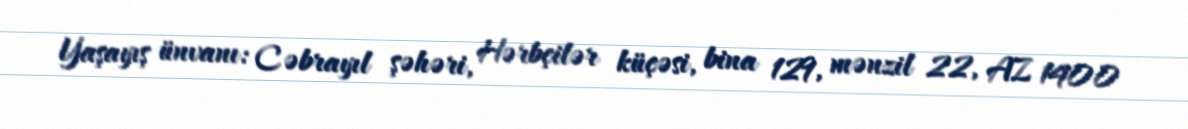
Yaşayış ünvanı: Cəbrayıl şəhəri, Hərbçilər küçəsi, bina 129, mənzil 22, AZ 1400